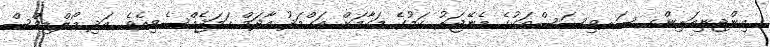
އިންޖިނިއަރިންގ ސަރވިސަސްތަކުގެ މެނޭޖަރު ކަމުގެ މަގާމަށް އަޙްމަދު އާދަމް ހަމަޖެއްސެވިއެވެ. އަދި މޯލްޑިވްސް